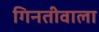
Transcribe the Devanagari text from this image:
गिनतीवाला